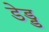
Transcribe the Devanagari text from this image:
डेड्ड